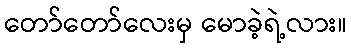
တော်တော်လေးမှ မောခဲ့ရဲ့လား။